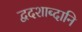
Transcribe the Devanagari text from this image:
द्वदशाब्दानि